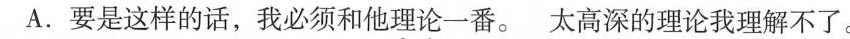
A.要是这样的话，我必须和他理论一番。 太高深的理论我理解不了。